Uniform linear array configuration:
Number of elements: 4
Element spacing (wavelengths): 0.25
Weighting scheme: exponential
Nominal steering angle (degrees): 30
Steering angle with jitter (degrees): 30.982
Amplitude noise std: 0.05
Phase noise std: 0.05

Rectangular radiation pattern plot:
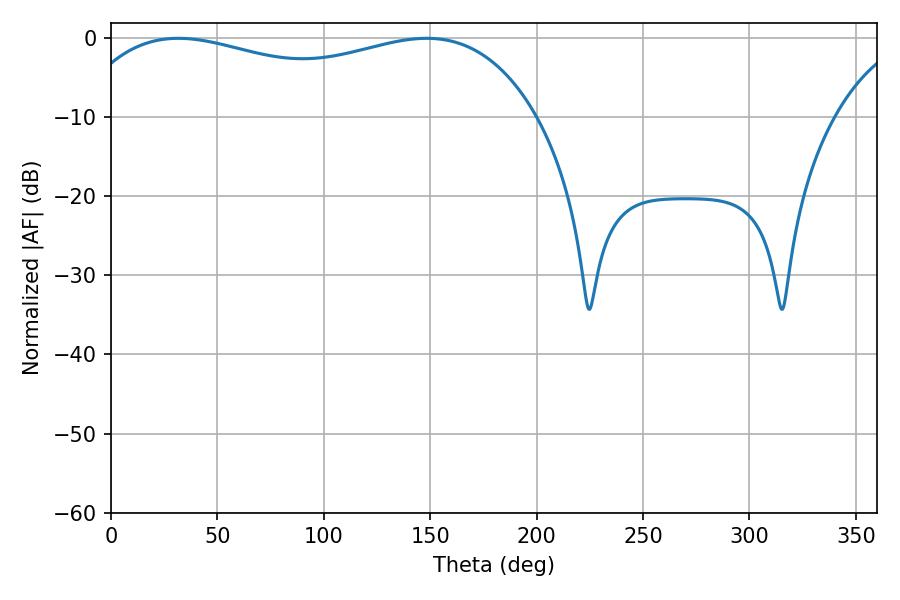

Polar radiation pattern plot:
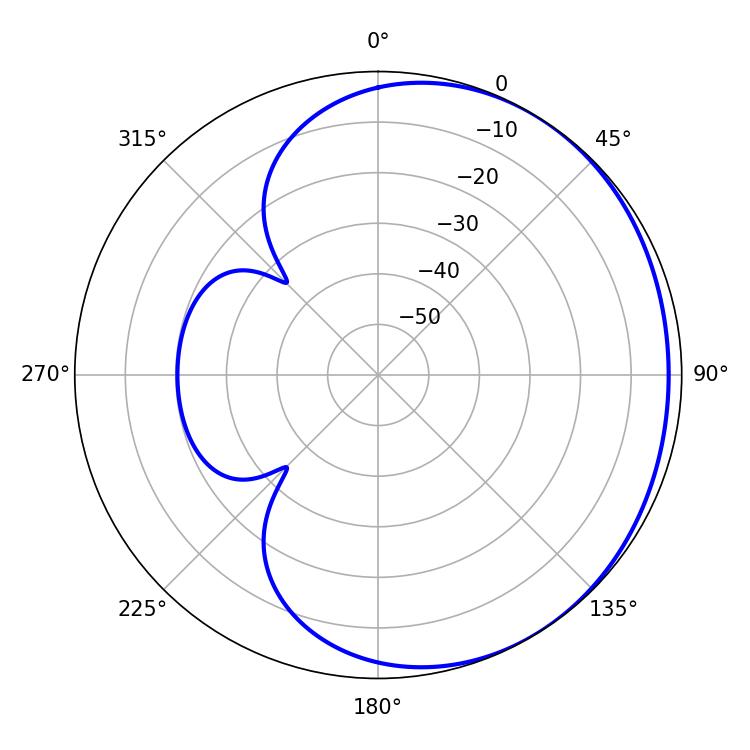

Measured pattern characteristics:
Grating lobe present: FALSE
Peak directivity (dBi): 1.361
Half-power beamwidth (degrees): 178.56
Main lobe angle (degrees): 31.68